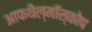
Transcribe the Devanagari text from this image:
आफथैल्मॉस्कोप